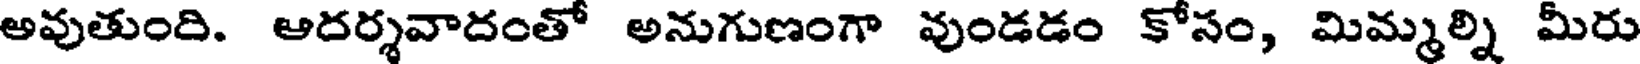
అవుతుంది. ఆదర్శవాదంతో అనుగుణంగా వుండడం కోసం, మిమ్మల్ని మీరు